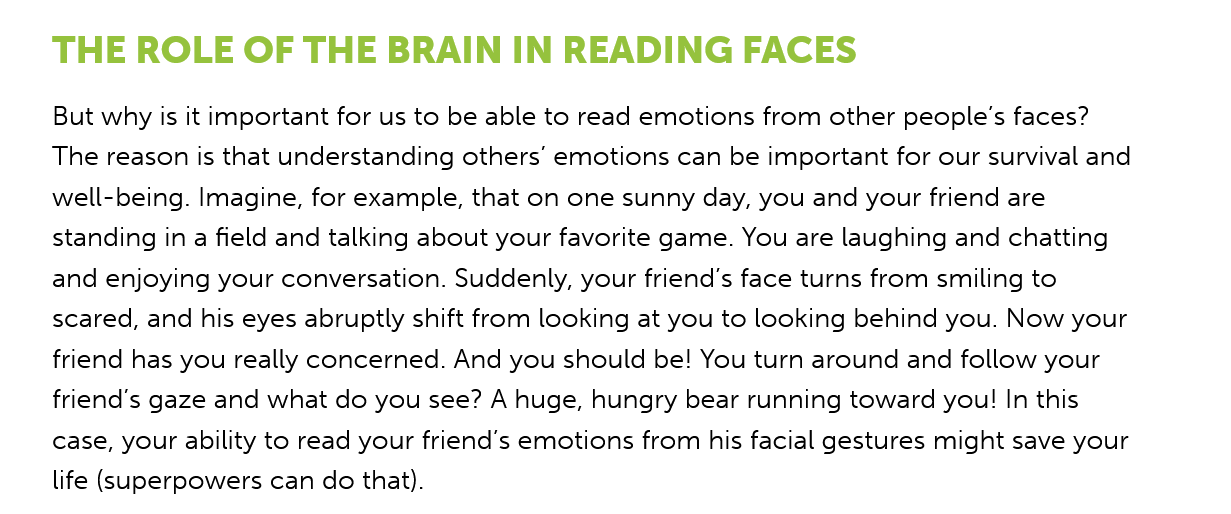
THE   ROLE    OF  THE   BRAIN    IN READING    FACES
    But why is it important for us to be able to read emotions from other people's faces?
    The reason is that understanding others’ emotions can be important for our survival and
    well-being. Imagine, for example, that on one sunny day, you and your friend are
    standing in a field and talking about your favorite game. You are laughing and chatting
    and enjoying your conversation. Suddenly, your friend's face turns from smiling to
    scared, and his eyes abruptly shift from looking at you to looking behind you. Now your
    friend has you really concerned. And you should be! You turn around and follow your
    friend’s gaze and what do you see? A huge, hungry bear running toward you! In this
    case, your ability to read your friend's emotions from his facial gestures might save your
    life (superpowers can do that).